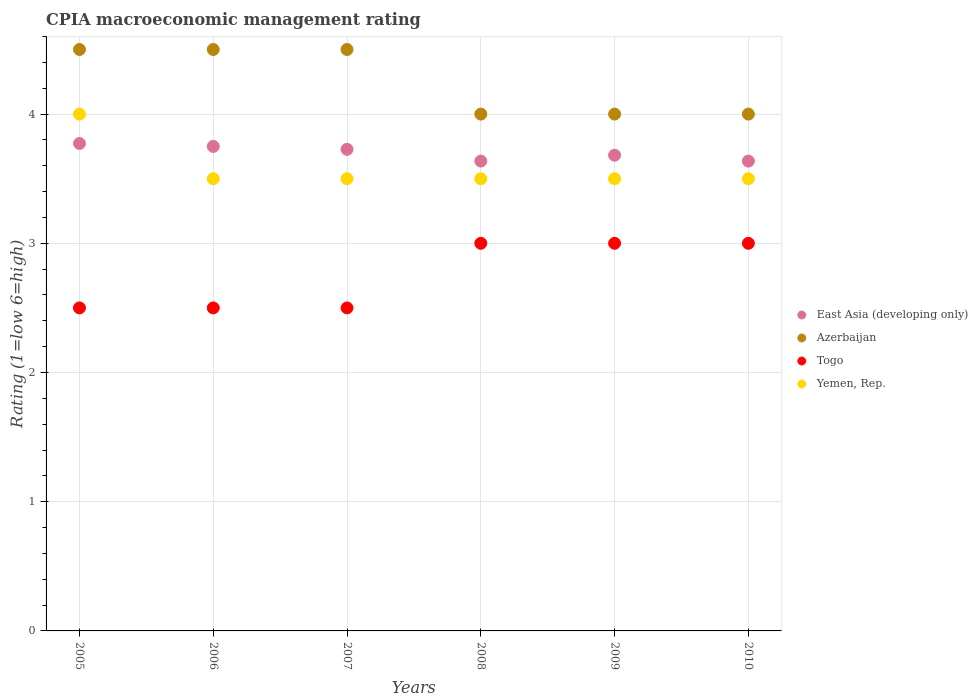
| Years | East Asia (developing only) | Azerbaijan | Togo | Yemen, Rep. |
 | --- | --- | --- | --- | --- |
 | 2005 | 3.77 | 4.5 | 2.5 | 4 |
 | 2006 | 3.75 | 4.5 | 2.5 | 3.5 |
 | 2007 | 3.73 | 4.5 | 2.5 | 3.5 |
 | 2008 | 3.64 | 4 | 3 | 3.5 |
 | 2009 | 3.68 | 4 | 3 | 3.5 |
 | 2010 | 3.64 | 4 | 3 | 3.5 |